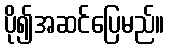
ပို၍အဆင်ပြေမည်။